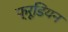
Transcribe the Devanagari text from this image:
फ्रूडियन